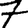
Digit: 7